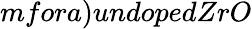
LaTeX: mfora)undopedZrO